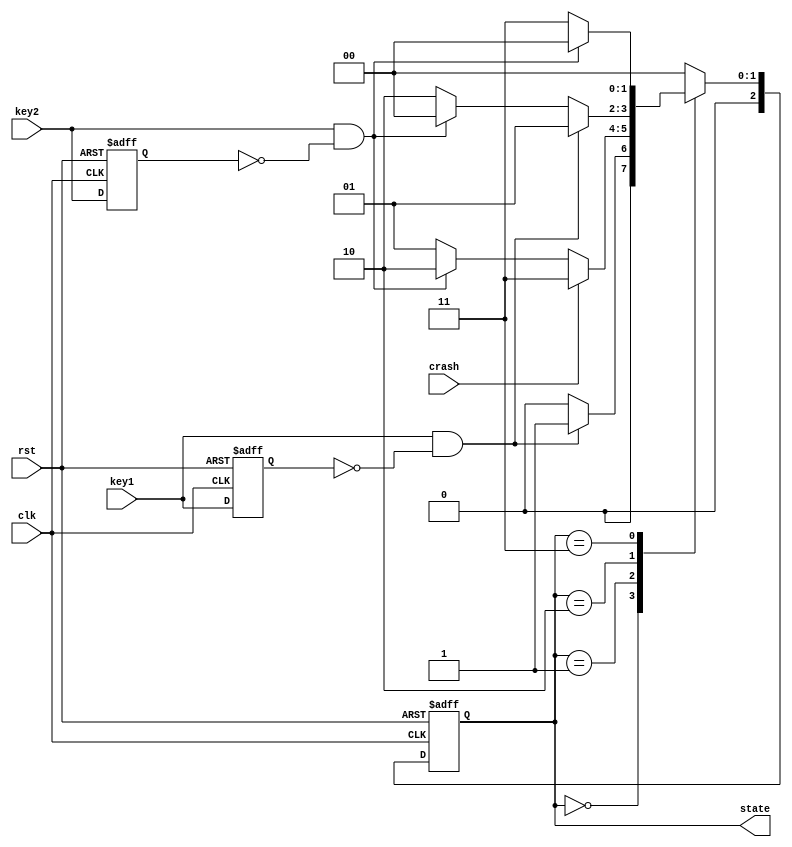
`timescale 1ns / 1ps
//////////////////////////////////////////////////////////////////////////////////
// Company: 
// Engineer: 
// 
// Design Name: 
// Module Name: gamestate
// Project Name: 
// Target Devices: 
// Tool Versions: 
// Description: 
// 
// Dependencies: 
// 
// Revision:
// Revision 0.01 - File Created
// Additional Comments:
// 
//////////////////////////////////////////////////////////////////////////////////


module gamestate(
input clk,
input rst,
input key1,
input key2,
input crash,
output reg [2:0] state
    );
    
reg [2:0] state_next;
reg key1_delay,key2_delay;
wire pulse1,pulse2;

assign pulse1 = key1 & ~key1_delay;
assign pulse2 = key2 & ~key2_delay;

always@(*)begin
    case(state)
    3'd0:begin
        if(pulse1) begin
            state_next = 3'd1;
        end
        else state_next = 3'd0;
    end
    3'd1:
        if(crash) state_next = 3'd3;
        else if(pulse2) state_next = 3'd2;
        else state_next = 3'd1;
    3'd2:
        if(pulse1) state_next = 3'd1;
        else if(pulse2) begin
            state_next = 3'd0;
        end
        else state_next = 3'd2;
    3'd3:
        if(pulse2) begin
            state_next = 3'd0;
        end
        else state_next = 3'd3;
    default:
        state_next = 3'd0;
    endcase
end

always@(posedge clk or posedge rst)begin
    if(rst) begin
        state <= 3'd0;
        key1_delay = 0;
        key2_delay = 0;
    end
    else begin
        state <= state_next;
        key1_delay <= key1;
        key2_delay <= key2;
    end
end
endmodule